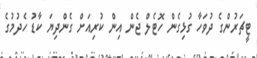
ޓީޗަރުންގެ ދުވަހާ ގުޅިގެން ހޮޓެލް ޖެން އިން ކުރިއަށް ގެންދިޔަ ކާޑު ހެދުމުގެ